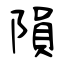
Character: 隕